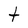
Character: t